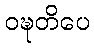
ဝဍ္ဎတိပေ